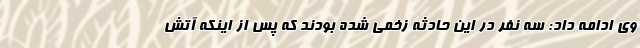
وی ادامه داد: سه نفر در این حادثه زخمی شده بودند که پس از اینکه آتش